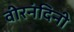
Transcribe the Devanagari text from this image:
वीरनंदिनी